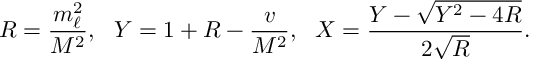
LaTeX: R = \frac { m _ { \ell } ^ { 2 } } { M ^ { 2 } } , \ \ Y = 1 + R - \frac { v } { M ^ { 2 } } , \ \ X = \frac { Y - \sqrt { Y ^ { 2 } - 4 R } } { 2 \sqrt { R } } .